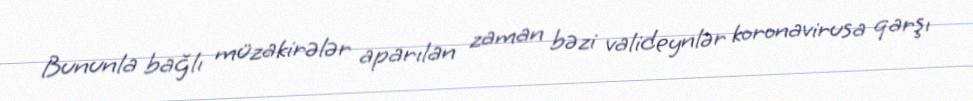
Bununla bağlı müzakirələr aparılan zaman bəzi valideynlər koronavirusa qarşı